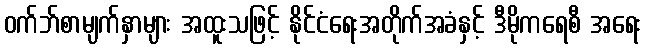
ဝက်ဘ်စာမျက်နှာများ အထူးသဖြင့် နိုင်ငံရေးအတိုက်အခံနှင့် ဒီမိုကရေစီ အရေး